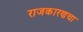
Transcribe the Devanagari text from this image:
राजकारणचा